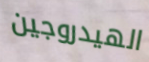
الهيدروجين